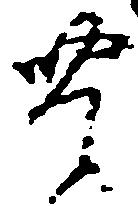
豊